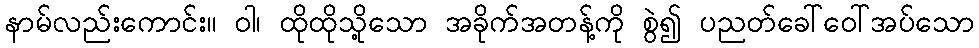
နာမ်လည်းကောင်း။ ဝါ၊ ထိုထိုသို့သော အခိုက်အတန့်ကို စွဲ၍ ပညတ်ခေါ်ဝေါ်အပ်သော